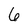
Character: 6